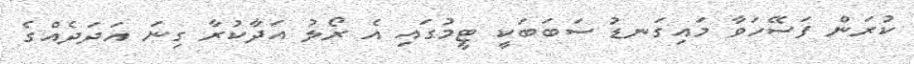
ކުރަން ފަސޭހަވާ މައިގަނޑު ސަބަބަކީ ޓީމުގައި އެ ރޯލު އަދާކުރާ ގިނަ އަދަދެއްގެ